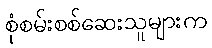
စုံစမ်းစစ်ဆေးသူများက